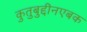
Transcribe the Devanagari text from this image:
कुतुबुद्दीनएबक